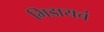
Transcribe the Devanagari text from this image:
भिडायचं